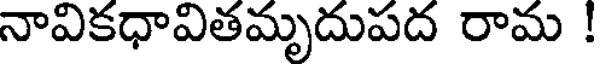
నావికధావితమృదుపద రామ !